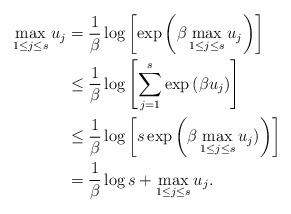
LaTeX: \begin{align*}\max_{1 \leq j \leq s} u_j &= \frac{1}{\beta} \log \left[\exp \left(\beta \max_{1 \leq j \leq s}u_j\right) \right] \\& \leq \frac{1}{\beta} \log \left[\sum_{j=1}^s\exp\left(\beta u_j\right) \right] \\& \leq \frac{1}{\beta} \log \left[s \exp\left(\beta \max_{1 \leq j \leq s}u_j)\right)\right] \\& = \frac{1}{\beta} \log s + \max_{1 \leq j \leq s} u_j.\end{align*}